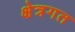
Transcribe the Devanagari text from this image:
क्षेत्रगत